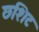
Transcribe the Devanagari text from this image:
छशिट